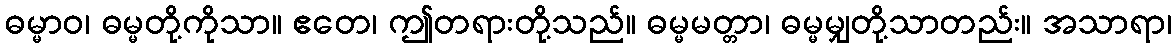
ဓမ္မာဝ၊ ဓမ္မတို့ကိုသာ။ ဧတေ၊ ဤတရားတို့သည်။ ဓမ္မမတ္တာ၊ ဓမ္မမျှတို့သာတည်း။ အသာရာ၊